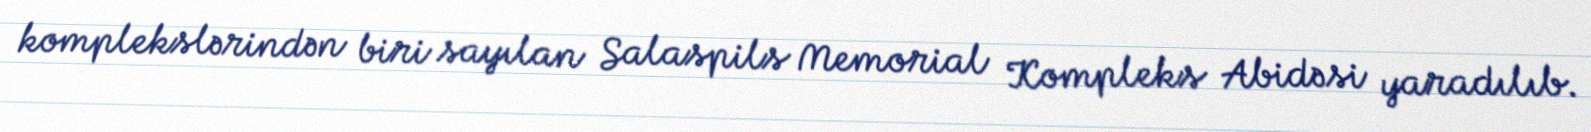
komplekslərindən biri sayılan Salaspils Memorial Kompleks Abidəsi yaradılıb.